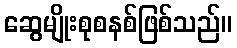
ဆွေမျိုးစုစနစ်ဖြစ်သည်။